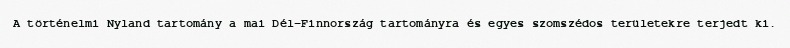
A történelmi Nyland tartomány a mai Dél-Finnország tartományra és egyes szomszédos területekre terjedt ki.